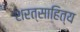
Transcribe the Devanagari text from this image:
शरत्साहित्य